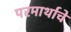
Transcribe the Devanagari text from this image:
परमार्थाचे